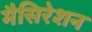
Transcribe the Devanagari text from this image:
मैसिरेशन